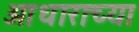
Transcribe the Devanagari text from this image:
आधाराच्या